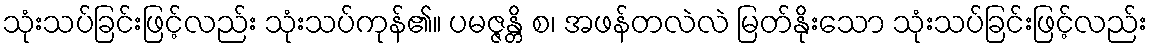
သုံးသပ်ခြင်းဖြင့်လည်း သုံးသပ်ကုန်၏။ ပမဇ္ဇန္တိ စ၊ အဖန်တလဲလဲ မြတ်နိုးသော သုံးသပ်ခြင်းဖြင့်လည်း